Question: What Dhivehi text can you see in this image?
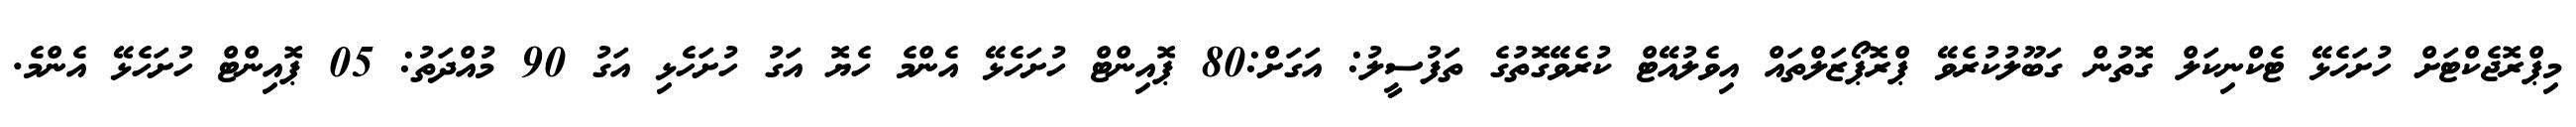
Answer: މިޕްރޮޖެކްޓަށް ހުށަހެޅޭ ޓެކްނިކަލް ގޮތުން ގަބޫލުކުރެވޭ ޕްރޮޕޯޒަލްތައް އިވެލުއޭޓް ކުރެވޭގޮތުގެ ތަފުސީލު: އަގަށް:80 ޕޮއިންޓް ހުށަހެޅޭ އެންމެ ހެޔޮ އަގު ހުށަހެޅި އަގު 90 މުއްދަތު: 05 ޕޮއިންޓް ހުށަހެޅޭ އެންމެ.